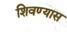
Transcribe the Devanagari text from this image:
शिवण्यास